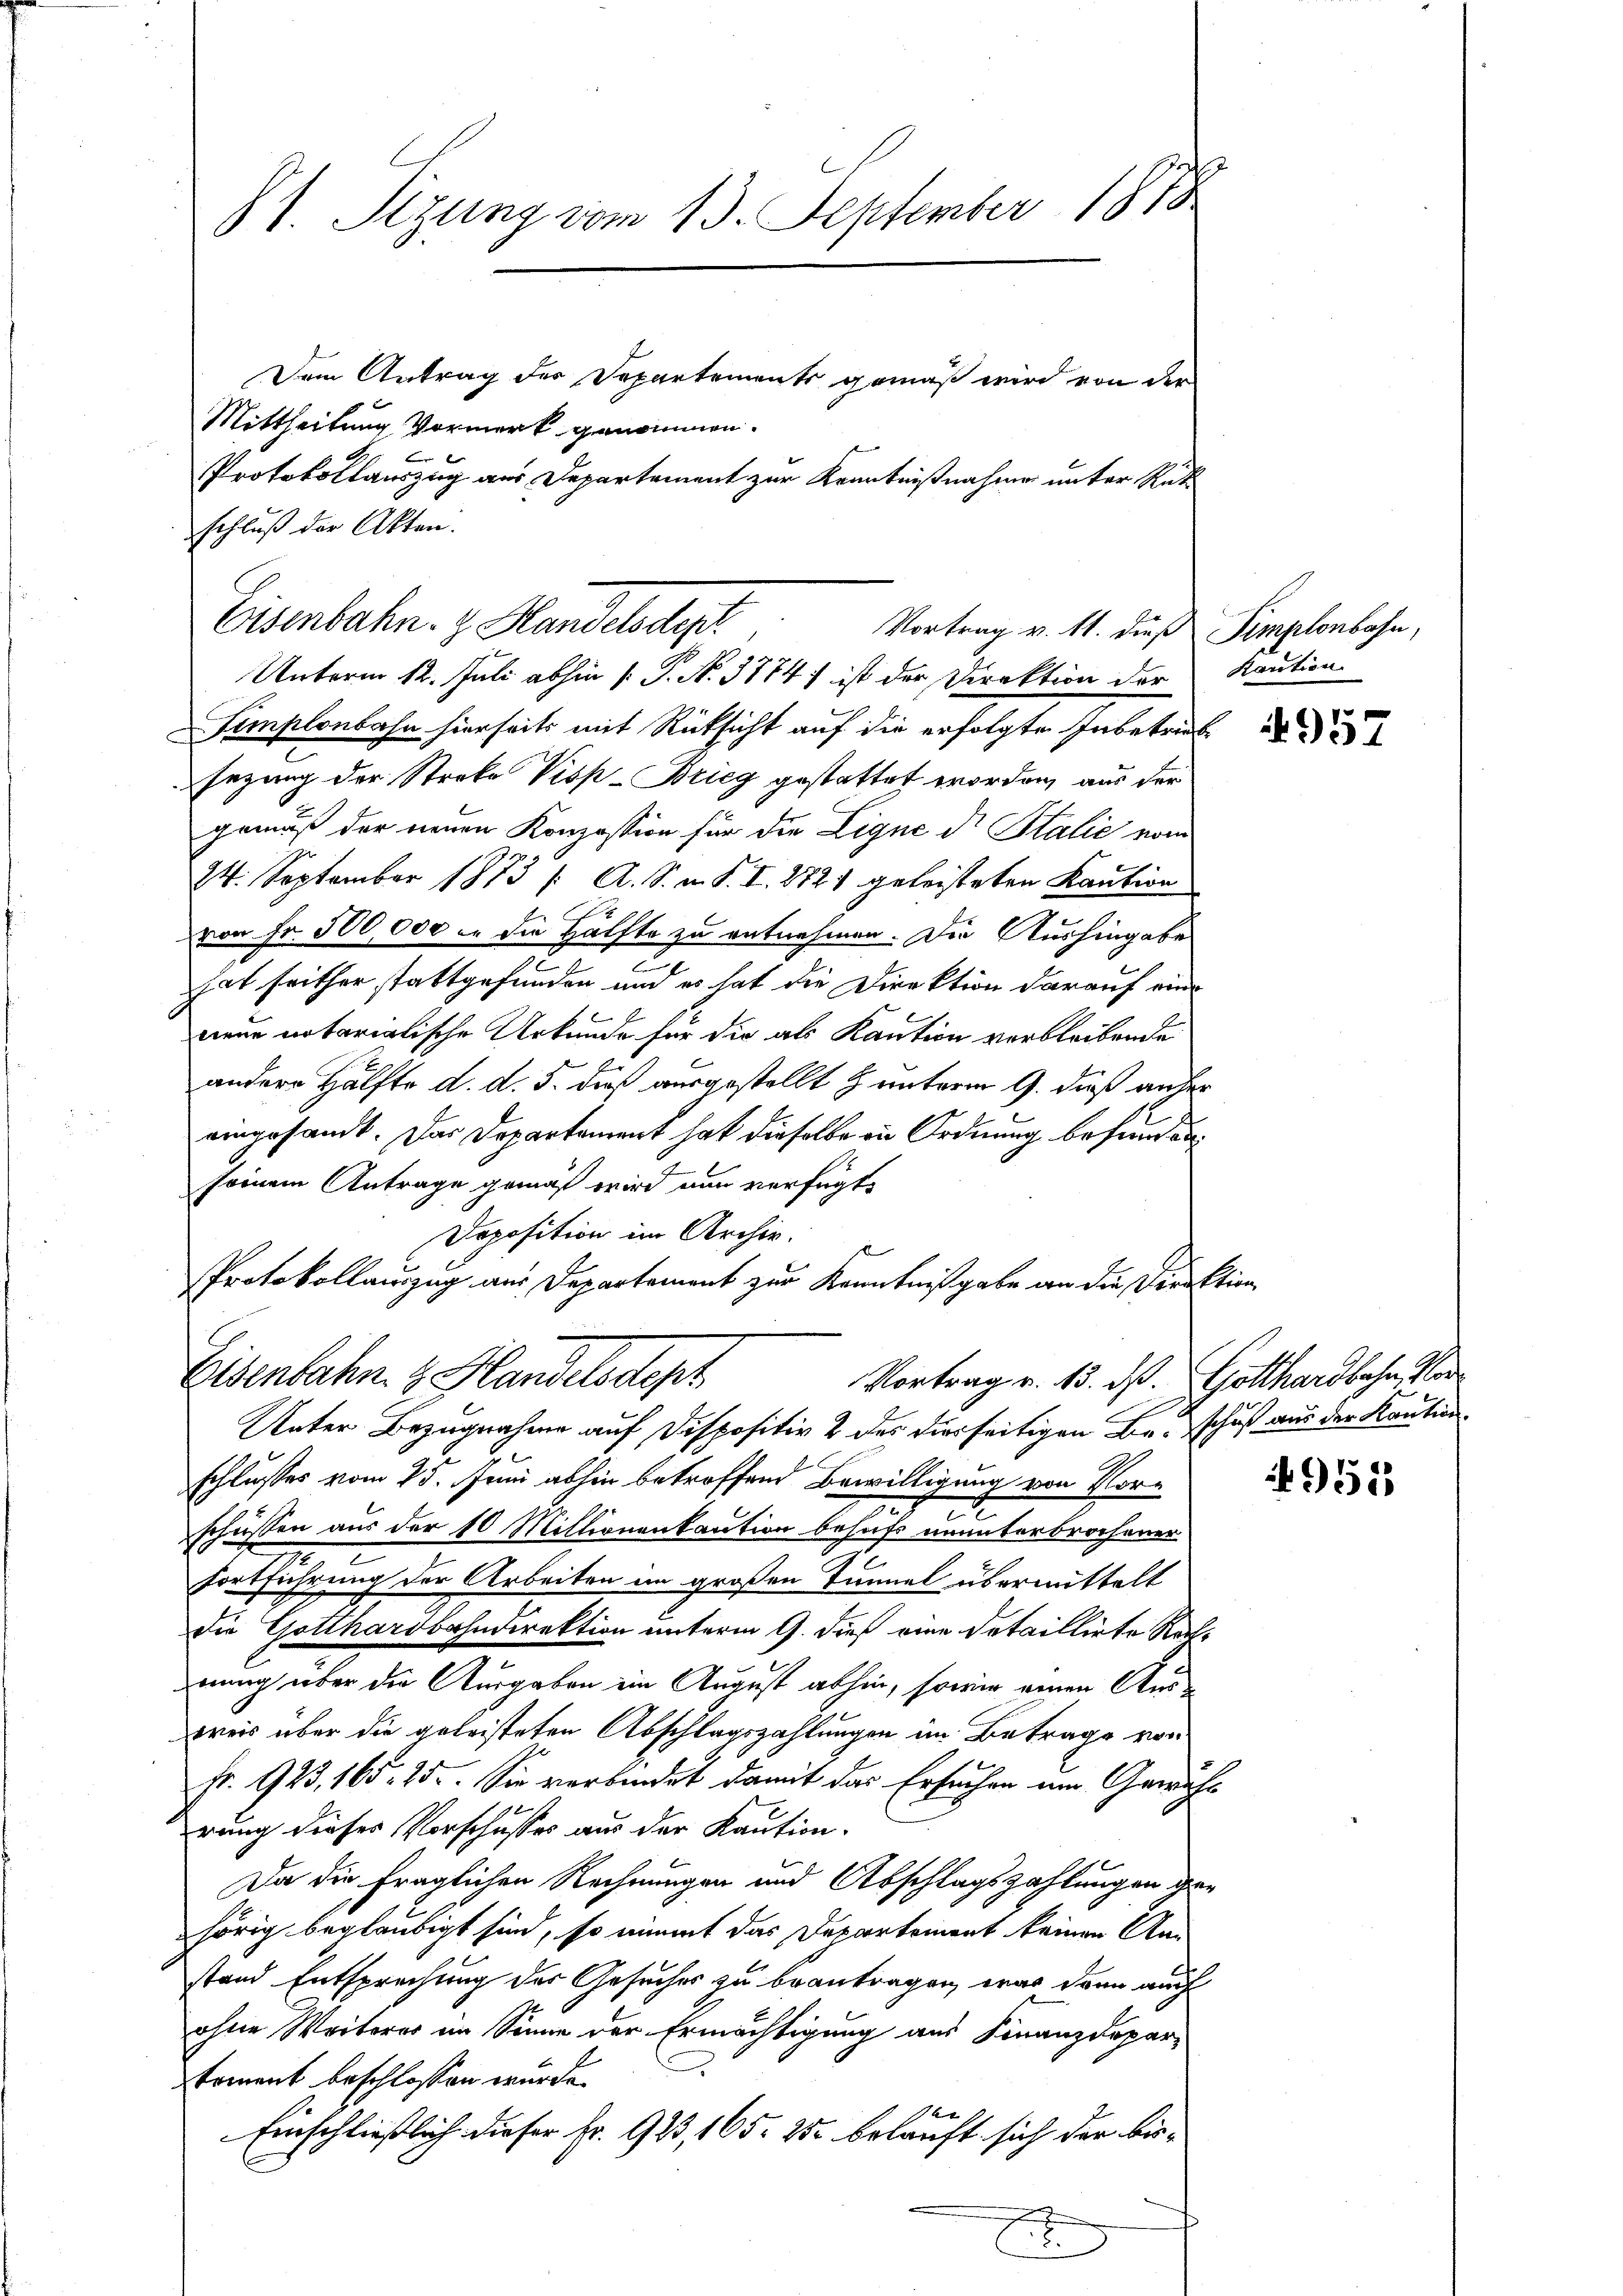
1. Sizung vom 13. September 1878
Dem Antrag der Departements gemäß wird von der
Mittheilung Vormerk genommen.
Protokollauszug aus Departement zur Kenntnißnahmen unter Rük¬

schluß der Akten.
Eisenbahn- & Handelsdep
Simplonbahn hierseits mit Rücksicht auf die erfolgte Inbetret
sezung der Streke Visp-Brieg gestattet worden, aus der
gemäß der neuen Konzession für die Ligne d. Stalie vom
24. September 1873 /: A. S. m. S. I. 272) geleisteten Kaution
s
von Fr. 500,000 in die Hälfte zu entnehmen. Die Aushingabes
hat seither stattgefunden und es hat die Direktion darauf einneue notarialische Urkunde für die als Kaution verbleibende
andere Hälfte d. d. 5. dieß ausgestellt & unterm 9. dieß anher
eingesandt. Das Departement hat dieselbe in Ordnung befunden
seinem Antrage gemäß wird nun verfügt,
Doposition im Archiv.
Protokollauszug aus Departement zur Kenntnißgabe an die Direktion
Eisenbahn z. Handelsstept
Vortrag v. 15. ds. Gotthardbahn, Mar
Unter Bezugnahme auf Dispositiv 2 des diesseitigen Beschlusses vom 23. Juni abhin betroffend Bewilligung von Vor-
e
schüssen aus der 10 Millionenkaution behufs ununterbrochener
Fortführung der Arbeiten im großen Tunnel übermittelt
die Gotthardbahndirektion unterm 9. dieß eine Detaillirte Rachnung über die Ausgaben ein August abhin, sowie einen Aus-
weis über die geleisteten Abschlagszahlungen im Betrage von
Fr. 923, 165. 25. Sie verbindet damit das Ersuchen um Gewicht
rung dieser Vorschusses aus der Kaution.
Da die fraglichen Rechnungen und Abschlagszahlungen gehörig beglaubigt sind, so nimmt das Departement keinen Anstand Entsprechung des Gesuches zu beantragen, war dann auch
ohne Weiteres im Sinne der Ermächtigung aus Finanzdepar-
u
koment beschlossen wurde.
t
Einschließlich dieser Fr. 923, 165. 25 belauft sich der bis¬
.

Vortrag v. 11. dieß Semplonbahn,
Unterm 12. Juli abhin 1 P. N. 3774 f ist der Direktion der Kaution

4957

schuß aus der Kaution.

955